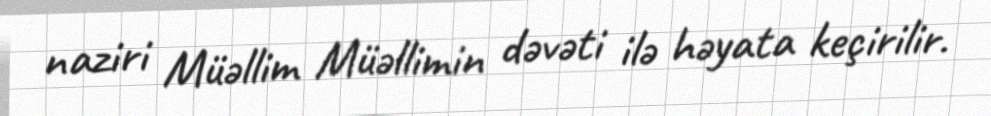
naziri Müəllim Müəllimin dəvəti ilə həyata keçirilir.